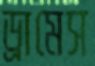
ড্রামেস